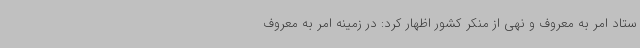
ستاد امر به معروف و نهی از منکر کشور اظهار کرد: در زمینه امر به معروف